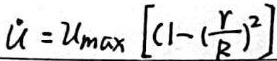
\(u = u_{max}\left[1 - \left(\frac{r}{R}\right)^{2}\right]\)